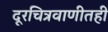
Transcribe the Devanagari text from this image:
दूरचित्रवाणीतही